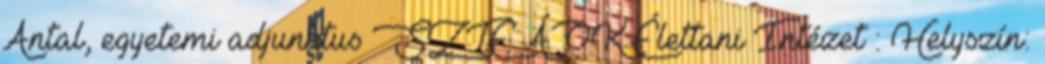
Antal, egyetemi adjunktus SZTE ÁOK Élettani Intézet : Helyszín: